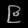
Digit: ၉